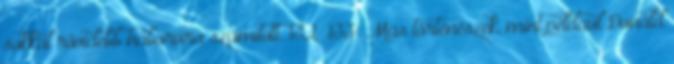
sokkal rövidebb háborúra számított. 132 133 Más történészek, mint például Donald